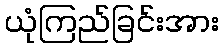
ယုံကြည်ခြင်းအား